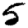
Digit: 5